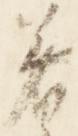
着